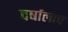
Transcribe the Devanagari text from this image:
वर्षालाच